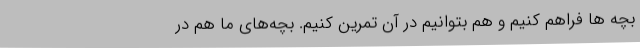
بچه ها فراهم کنیم و هم بتوانیم در آن تمرین کنیم. بچه‌های ما هم در